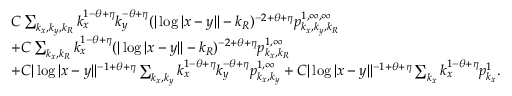
\begin{array} { r l } & { C \sum _ { k _ { x } , k _ { y } , k _ { R } } k _ { x } ^ { 1 - \theta + \eta } k _ { y } ^ { - \theta + \eta } ( | \log | x - y | | - k _ { R } ) ^ { - 2 + \theta + \eta } p _ { k _ { x } , k _ { y } , k _ { R } } ^ { 1 , \infty , \infty } } \\ & { + C \sum _ { k _ { x } , k _ { R } } k _ { x } ^ { 1 - \theta + \eta } ( | \log | x - y | | - k _ { R } ) ^ { - 2 + \theta + \eta } p _ { k _ { x } , k _ { R } } ^ { 1 , \infty } } \\ & { + C | \log | x - y | | ^ { - 1 + \theta + \eta } \sum _ { k _ { x } , k _ { y } } k _ { x } ^ { 1 - \theta + \eta } k _ { y } ^ { - \theta + \eta } p _ { k _ { x } , k _ { y } } ^ { 1 , \infty } + C | \log | x - y | | ^ { - 1 + \theta + \eta } \sum _ { k _ { x } } k _ { x } ^ { 1 - \theta + \eta } p _ { k _ { x } } ^ { 1 } . } \end{array}